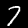
Digit: 7